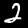
Label: 2